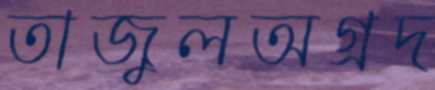
তাজুলঅগ্রদ